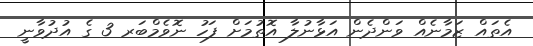
އެތައް ޒަމާނެއް ވަންދެން އަޅާނުލާ އޮތުމަށް ފަހު ނޮވެމްބަރ 3 ގެ އުދުވާނީ